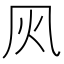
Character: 㶡